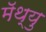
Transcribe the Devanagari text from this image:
मॅथ्यु